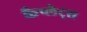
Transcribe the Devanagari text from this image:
कैप्लेट्स